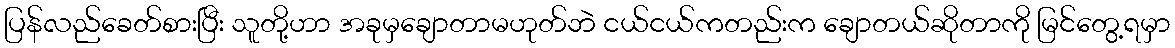
ပြန်လည်ခေတ်စားပြီး သူတို့ဟာ အခုမှချောတာမဟုတ်ဘဲ ငယ်ငယ်ကတည်းက ချောတယ်ဆိုတာကို မြင်တွေ့ရမှာ